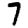
Digit: 7